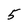
Character: 5